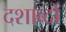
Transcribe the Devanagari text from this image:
दशाब्दों